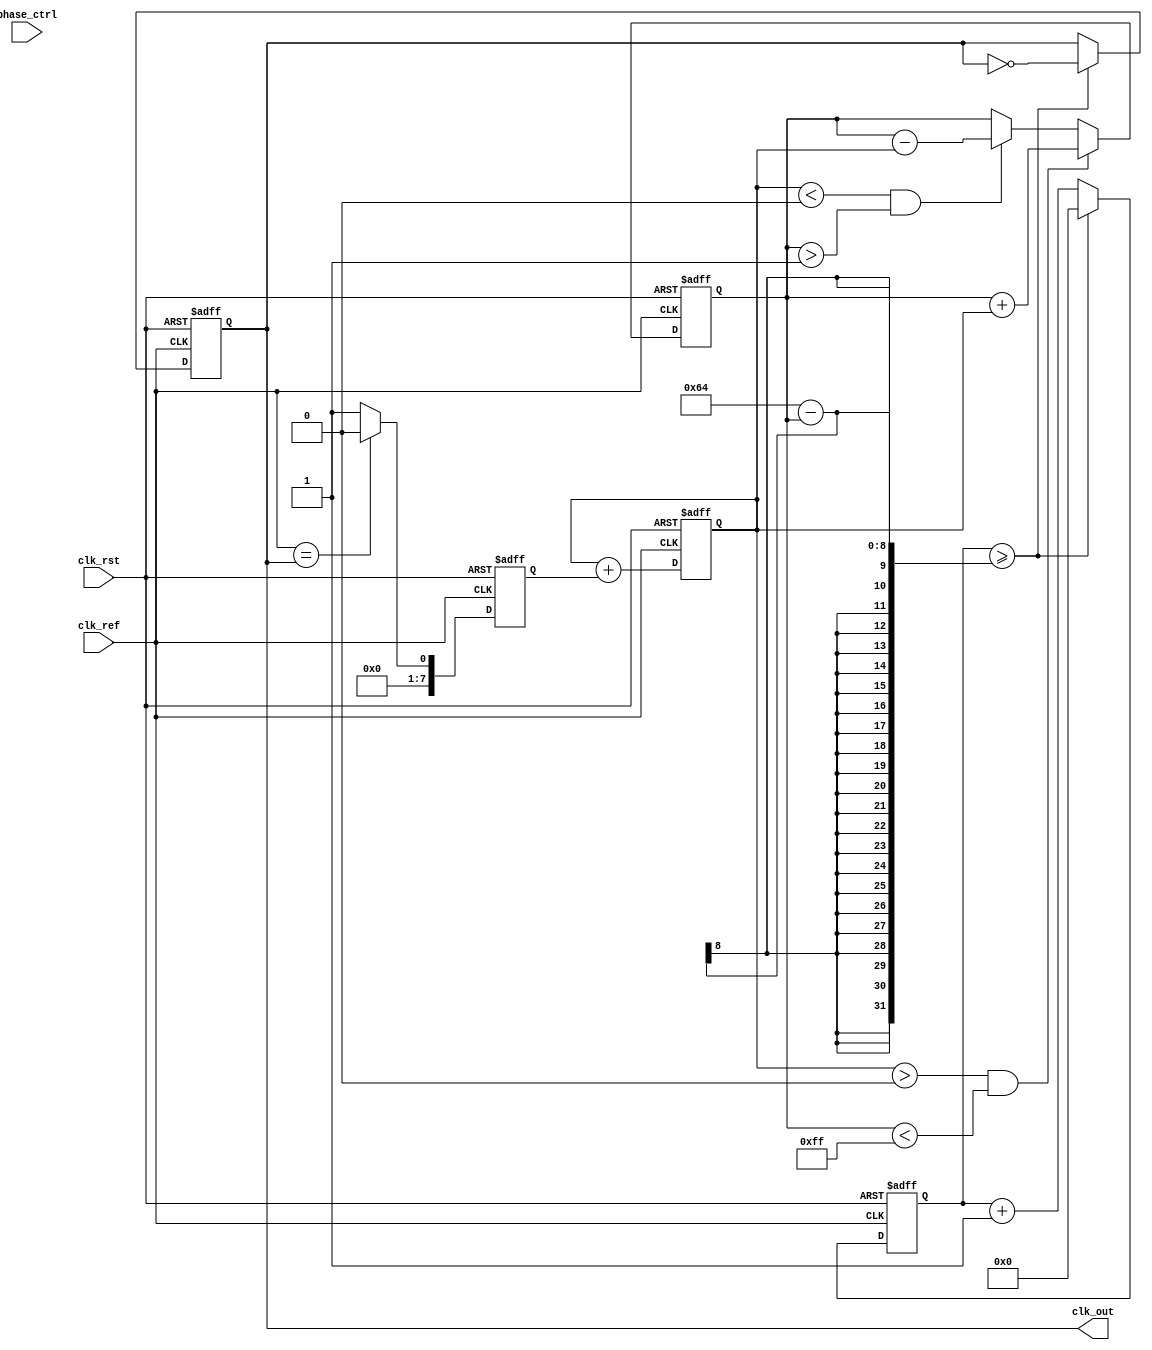
module ADPLL (
    input wire clk_ref,       // Reference clock input
    input wire clk_rst,       // Reset signal
    input wire [7:0] phase_ctrl, // Control input for VCO frequency
    output wire clk_out       // Output clock
);

// Parameters
parameter VCO_MAX_FREQ = 255; // Max frequency for VCO
parameter VCO_MIN_FREQ = 1;    // Min frequency for VCO

// Internal Registers
reg [7:0] phase_error;          // Phase error output from PD
reg [7:0] control_signal;       // Output from Loop Filter
reg [7:0] vco_freq;             // Current frequency of VCO
reg [31:0] counter;             // Counter for VCO output
reg clk_vco;                    // VCO output clock
reg [7:0] feedback_div;         // Feedback divider

// Phase Detector (PD)
always @(posedge clk_ref or posedge clk_rst) begin
    if (clk_rst) begin
        phase_error <= 0;
    end else begin
        // Simple phase comparison
        phase_error <= (clk_ref == clk_vco) ? 0 : 1; // Replace with actual phase comparison logic
    end
end

// Loop Filter (PI Filter)
always @(posedge clk_ref or posedge clk_rst) begin
    if (clk_rst) begin
        control_signal <= 0;
    end else begin
        // PI Filter implementation
        control_signal <= control_signal + phase_error; // Proportional part
        // Integral part can be added here if needed
    end
end

// Voltage-Controlled Oscillator (VCO)
always @(posedge clk_ref or posedge clk_rst) begin
    if (clk_rst) begin
        vco_freq <= VCO_MIN_FREQ;
        counter <= 0;
        clk_vco <= 0;
    end else begin
        // Adjust VCO frequency based on control signal
        if (control_signal > 0 && vco_freq < VCO_MAX_FREQ) begin
            vco_freq <= vco_freq + control_signal[7:0]; // Update frequency
        end else if (control_signal < 0 && vco_freq > VCO_MIN_FREQ) begin
            vco_freq <= vco_freq - control_signal[7:0]; // Update frequency
        end
        
        // Generate VCO clock based on frequency
        if (counter >= (100 - vco_freq)) begin
            clk_vco <= ~clk_vco;
            counter <= 0;
        end else begin
            counter <= counter + 1;
        end
    end
end

// Feedback Divider
always @(posedge clk_vco or posedge clk_rst) begin
    if (clk_rst) begin
        feedback_div <= 0;
    end else begin
        feedback_div <= feedback_div + 1; // Simple feedback counter
    end
end

// Output Clock
assign clk_out = clk_vco;

endmodule